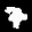
Label: 7